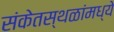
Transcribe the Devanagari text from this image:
संकेतस्थळांमध्ये